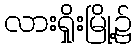
လားရှိုးမြို့၌